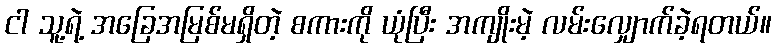
ငါ သူ့ရဲ့ အခြေအမြစ်မရှိတဲ့ စကားကို ယုံပြီး အကျိုးမဲ့ လမ်းလျှောက်ခဲ့ရတယ်။